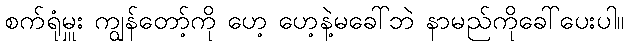
စက်ရုံမှူး ကျွန်တော့်ကို ဟေ့ ဟေ့နဲ့မခေါ်ဘဲ နာမည်ကိုခေါ်ပေးပါ။